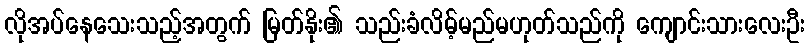
လိုအပ်နေသေးသည့်အတွက် မြတ်နိုး၏ သည်းခံလိမ့်မည်မဟုတ်သည်ကို ကျောင်းသားလေးဦး